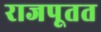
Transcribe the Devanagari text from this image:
राजपूतत